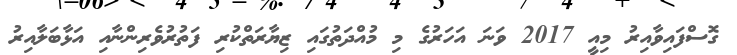
ގޮސްފައިވާއިރު މިއީ 2017 ވަނަ އަހަރުގެ މި މުއްދަތުގައި ޒިޔާރަތްކުރި ފަތުރުވެރިންނާއި އަޅާބަލާއިރު